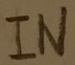
Text: IN